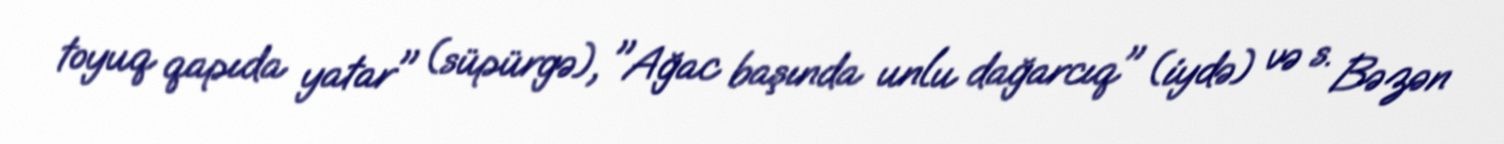
toyuq qapıda yatar" (süpürgə), "Ağac başında unlu dağarcıq" (iydə) və s. Bəzən